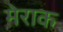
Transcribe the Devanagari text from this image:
मेराक